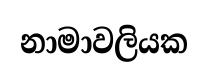
නාමාවලියක